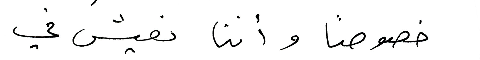
خصوصاً وأننا نعيش في